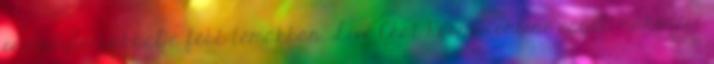
osztálytársakkal a főbb témákban. Live Chat Rooms: online együttműködési